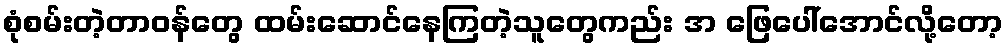
စုံစမ်းတဲ့တာဝန်တွေ ထမ်းဆောင်နေကြတဲ့သူတွေကည်း အ ဖြေပေါ်အောင်လို့တော့